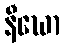
နီဃော